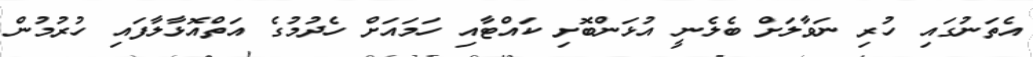
އެތަނުގައި ހުރި ނަވާލަށް ބެލެނީ އުޅަންބޮށި ކައްޓާއި ހަމައަށް ހެދުމުގެ އަތްއޮޅާލާފައި ހުރުމުން